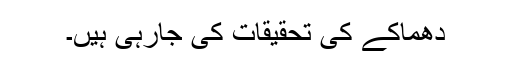
دھماکے کی تحقیقات کی جارہی ہیں۔